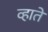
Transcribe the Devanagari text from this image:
व्हाते